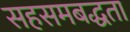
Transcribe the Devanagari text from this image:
सहसमबद्धता